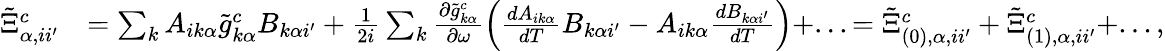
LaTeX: \begin{array}{rl}{\tilde{\Xi}_{\alpha,ii^{\prime}}^{c}}&{=\sum_{k}A_{ik\alpha}\tilde{g}_{k\alpha}^{c}B_{k\alpha i^{\prime}}+\frac{1}{2i}\sum_{k}\frac{\partial\tilde{g}_{k\alpha}^{c}}{\partial\omega}\left(\frac{dA_{ik\alpha}}{dT}B_{k\alpha i^{\prime}}-A_{ik\alpha}\frac{dB_{k\alpha i^{\prime}}}{dT}\right)+...=\tilde{\Xi}_{(0),\alpha,ii^{\prime}}^{c}+\tilde{\Xi}_{(1),\alpha,ii^{\prime}}^{c}+...,}\end{array}